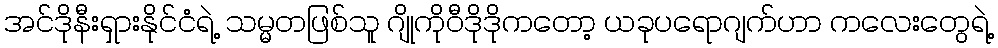
အင်ဒိုနီးရှားနိုင်ငံရဲ့ သမ္မတဖြစ်သူ ဂျိုကိုဝီဒိုဒိုကတော့ ယခုပရောဂျက်ဟာ ကလေးတွေရဲ့